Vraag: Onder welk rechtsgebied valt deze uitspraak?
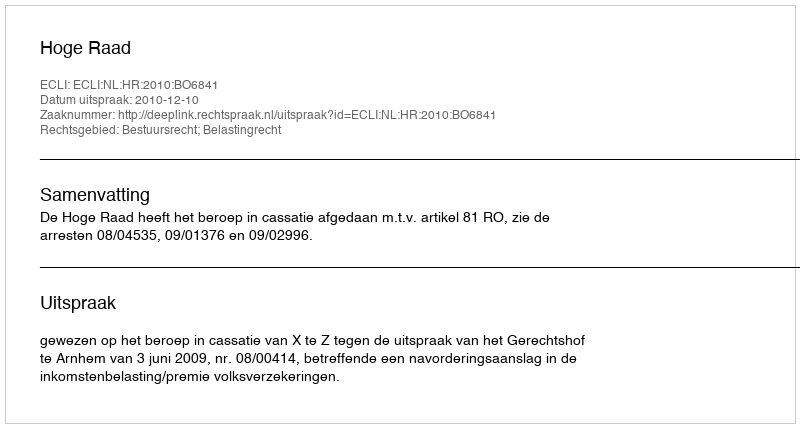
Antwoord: Bestuursrecht; Belastingrecht